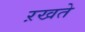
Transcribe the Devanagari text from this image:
ऱखते